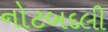
નોટબદલી